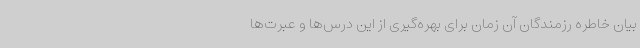
بیان خاطره رزمندگان آن زمان برای بهره‌گیری از این درس‌ها و عبرت‌ها